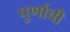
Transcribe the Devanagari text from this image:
पुर्णाची